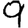
Digit: 9